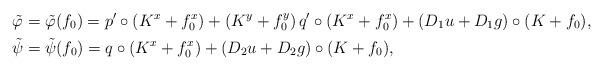
LaTeX: \begin{align*}\tilde{\varphi} &= \tilde{\varphi} (f_0) = p' \circ(K^x+ f_0^x) + (K^y + f_0^y) \, q' \circ(K^x+ f_0^x) + (D_1u +D_1 g) \circ (K + f_0),\\\tilde{\psi} & = \tilde{\psi}(f_0) = q \circ (K^x + f_0^x) +(D_2u + D_2 g) \circ (K + f_0),\end{align*}